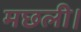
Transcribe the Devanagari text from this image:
मछली।